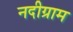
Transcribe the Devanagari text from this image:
नदीग्राम